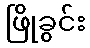
ဖြိုခွင်း